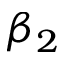
\beta _ { 2 }